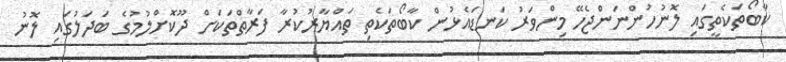
ކާބޯތަކެތީގައި ލޮނުހުންނަންޖެހޭ މިންވަރު ކަނޑައެޅުން ކާބޯތަކެތި ތައްޔާރުކުރާ ފަރާތްތަކަށް ދޫކޮށްލުމުގެ ބަދަލުގައި ލޮނު